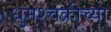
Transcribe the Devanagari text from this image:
धुमश्चक्रीच्या